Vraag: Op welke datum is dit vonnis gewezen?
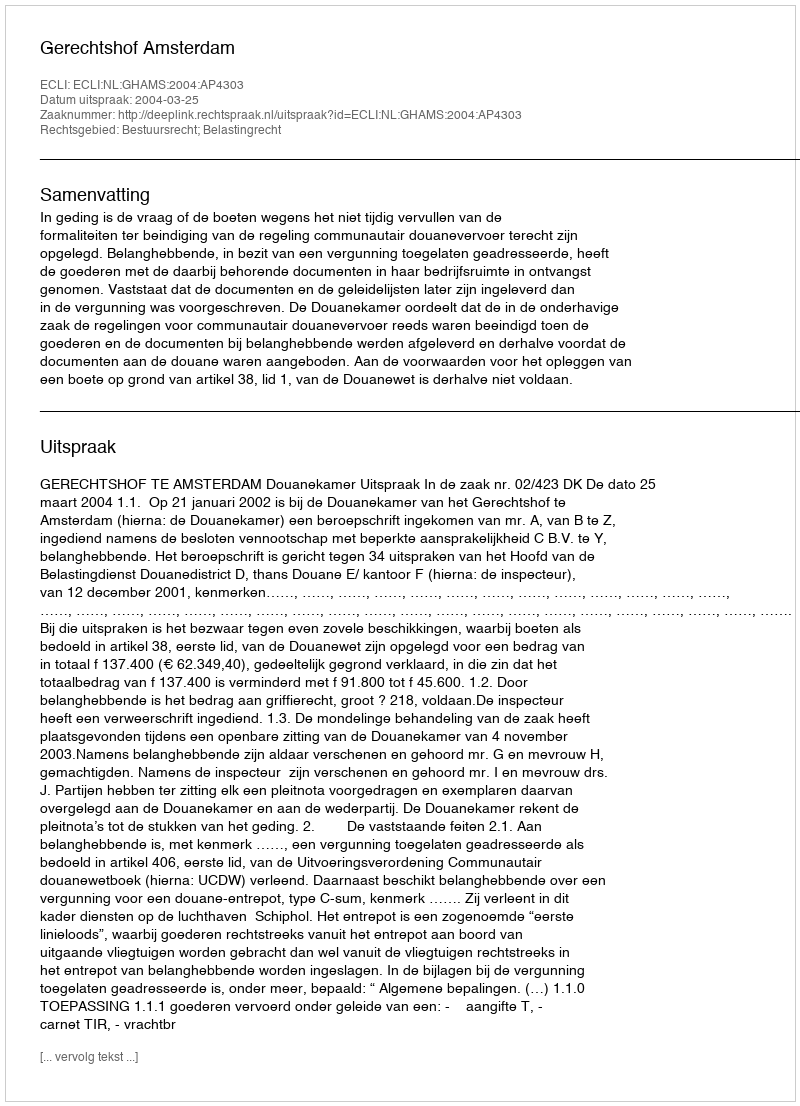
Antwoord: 2004-03-25